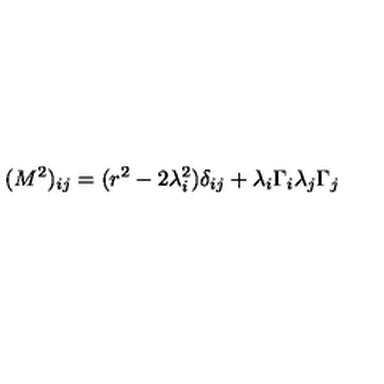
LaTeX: ( M ^ { 2 } ) _ { i j } = ( r ^ { 2 } - 2 \lambda _ { i } ^ { 2 } ) \delta _ { i j } + \lambda _ { i } \Gamma _ { i } \lambda _ { j } \Gamma _ { j }